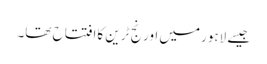
جیسے لاہورمیں اورنج ٹرین کاافتتاح تھا۔